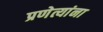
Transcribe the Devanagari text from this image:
प्रणेत्यांना